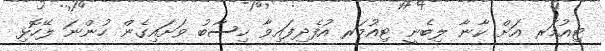
ޓިއުމަރ އަށް ކާނާ ލިބެނީ ޓިއުމަރ އުފެދިފައިވާ ހިސާބު ވަށައިގެން ހުންނަ ލޭހޮޅި